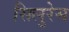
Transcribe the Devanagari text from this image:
सिलुरेस